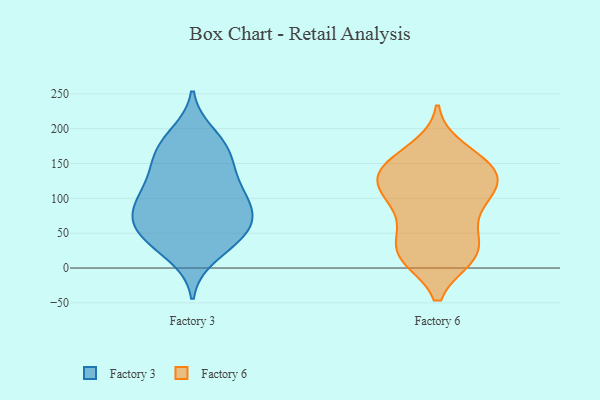
{"axis": {"x": "Operating Costs (USD K)", "y": "Value"}, "legend": ["Factory 3", "Factory 6"], "data": [{"x": "", "y": 116, "type": "Factory 3"}, {"x": "", "y": 192, "type": "Factory 3"}, {"x": "", "y": 143, "type": "Factory 3"}, {"x": "", "y": 120, "type": "Factory 3"}, {"x": "", "y": 87, "type": "Factory 3"}, {"x": "", "y": 89, "type": "Factory 3"}, {"x": "", "y": 172, "type": "Factory 3"}, {"x": "", "y": 163, "type": "Factory 3"}, {"x": "", "y": 72, "type": "Factory 3"}, {"x": "", "y": 62, "type": "Factory 3"}, {"x": "", "y": 60, "type": "Factory 3"}, {"x": "", "y": 31, "type": "Factory 3"}, {"x": "", "y": 17, "type": "Factory 3"}, {"x": "", "y": 182, "type": "Factory 3"}, {"x": "", "y": 148, "type": "Factory 3"}, {"x": "", "y": 98, "type": "Factory 3"}, {"x": "", "y": 99, "type": "Factory 3"}, {"x": "", "y": 60, "type": "Factory 3"}, {"x": "", "y": 47, "type": "Factory 3"}, {"x": "", "y": 42, "type": "Factory 3"}, {"x": "", "y": 111, "type": "Factory 6"}, {"x": "", "y": 46, "type": "Factory 6"}, {"x": "", "y": 16, "type": "Factory 6"}, {"x": "", "y": 171, "type": "Factory 6"}, {"x": "", "y": 132, "type": "Factory 6"}, {"x": "", "y": 16, "type": "Factory 6"}, {"x": "", "y": 146, "type": "Factory 6"}, {"x": "", "y": 128, "type": "Factory 6"}, {"x": "", "y": 92, "type": "Factory 6"}, {"x": "", "y": 17, "type": "Factory 6"}, {"x": "", "y": 146, "type": "Factory 6"}, {"x": "", "y": 73, "type": "Factory 6"}, {"x": "", "y": 121, "type": "Factory 6"}, {"x": "", "y": 23, "type": "Factory 6"}, {"x": "", "y": 144, "type": "Factory 6"}, {"x": "", "y": 110, "type": "Factory 6"}, {"x": "", "y": 18, "type": "Factory 6"}, {"x": "", "y": 158, "type": "Factory 6"}, {"x": "", "y": 108, "type": "Factory 6"}, {"x": "", "y": 59, "type": "Factory 6"}]}